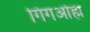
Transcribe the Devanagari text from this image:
गिगओह्म